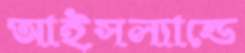
আইসল্যান্ডে